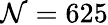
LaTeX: \mathcal{N}=625